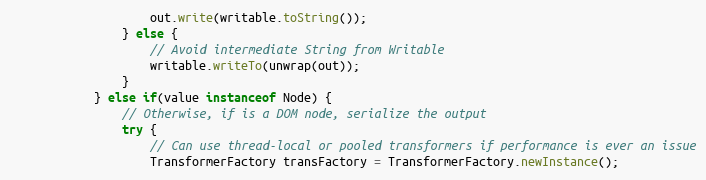
Language: Java
					out.write(writable.toString());
				} else {
					// Avoid intermediate String from Writable
					writable.writeTo(unwrap(out));
				}
			} else if(value instanceof Node) {
				// Otherwise, if is a DOM node, serialize the output
				try {
					// Can use thread-local or pooled transformers if performance is ever an issue
					TransformerFactory transFactory = TransformerFactory.newInstance();